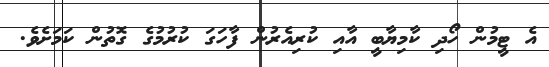
އެ ޓީމުން ހޯދި ކާމިޔާބީ އާއި ކުރިއެރުން ފާހަގަ ކުރުމުގެ ގޮތުން ކަމަށެވެ.